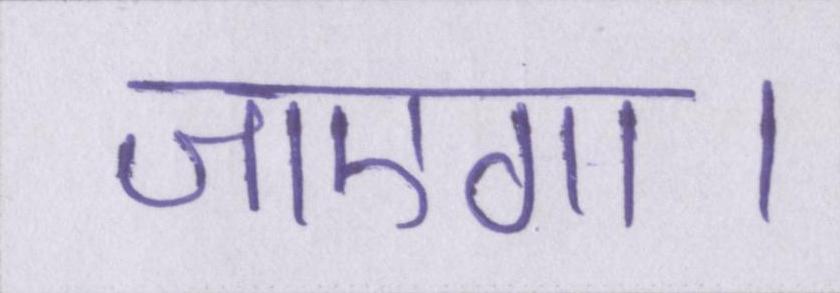
जाएगा।